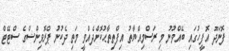
ފޮނަދޫ އޮފީހުގައި ބޭއްވުނު މި ރަސްމިއްޔާތު އިފްތިތާޙުކޮށްދެއްވީ މަތި ދެކުނު ޕްރޮވިންސްގެ ސްޓޭޓް